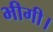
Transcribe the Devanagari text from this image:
भीगी।